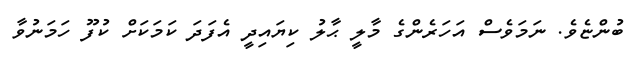
ބުންޏެވެ. ނަމަވެސް އަހަރެންގެ މާލީ ޙާލު ކިޔައިދީ އެފަދަ ކަމަކަށް ކުފޫ ހަމަނުވާ